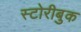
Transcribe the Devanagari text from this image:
स्टोरीबुक